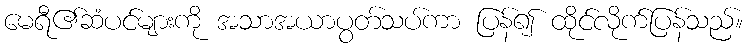
မေရီ၏ဆံပင်များကို အသာအယာပွတ်သပ်ကာ ပြန်၍ ထိုင်လိုက်ပြန်သည်။